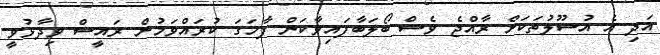
އަދި އެ އުސޫލުތަކަށް ރާއްޖެ ވެސް ބޯލަބާފައިވާކަން ފާހަގަ ކުރައްވަމުން ރައީސް ވިދާޅުވީ